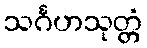
သင်္ဂဟသုတ္တံ